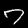
Label: 7